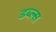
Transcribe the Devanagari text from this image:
डब्ल्स